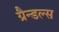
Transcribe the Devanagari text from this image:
ग्रैन्डल्स